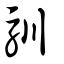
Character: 馴